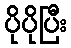
ပိုပိုပြီး